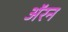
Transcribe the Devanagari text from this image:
अॅरन